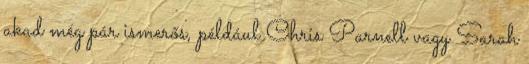
akad még pár ismerős, például Chris Parnell vagy Sarah